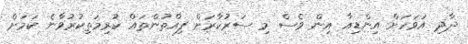
ދާދި އަވަހަށް އިންޑިއާ އިން ވެސް މި ސަރުކާރަށް ފިއްތުންތައް ކުރިމަތިކުރުވާނެ ކަމަށް